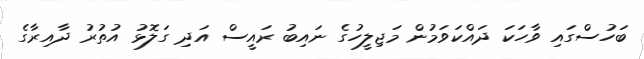
ބަހުސްގައި ވާހަކަ ދައްކަވަމުން މަޖިލީހުގެ ނައިބު ރައީސް އަދި ގަލޮޅު އުތުރު ދާއިރާގެ